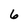
Character: 6